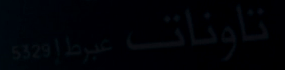
تاونات عيرط إ 5